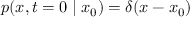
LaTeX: p ( x , t = { 0 } \mid x _ { 0 } ) = \delta ( x - x _ { 0 } )